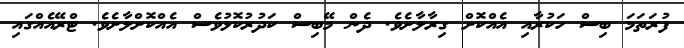
ފުރަތަމަ ބިސް ހަކުރާއި އެއްކޮށް ގިރާލާށެވެ. ދެން މޭބިސް ކަދުރުކޮޅުވެސް އެއްކޮށްލާށެވެ. ޓްރޭއެއްގައި